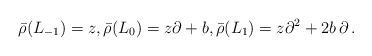
LaTeX: \begin{align*}\bar{\rho}(L_{-1})= z, \bar{\rho}(L_0)= z \partial +b, \bar{\rho}(L_{1})= z\partial^2 + 2b\,\partial \, .\end{align*}